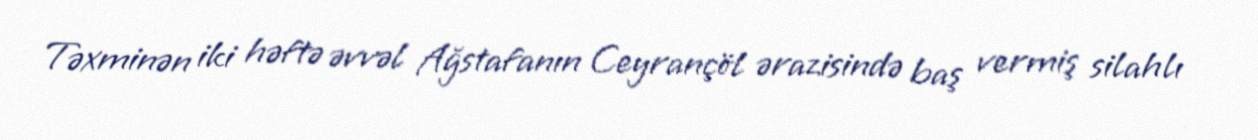
Təxminən iki həftə əvvəl Ağstafanın Ceyrançöl ərazisində baş vermiş silahlı